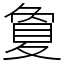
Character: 夐